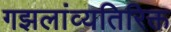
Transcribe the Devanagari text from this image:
गझलांव्यतिरिक्त